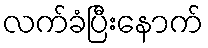
လက်ခံပြီးနောက်